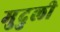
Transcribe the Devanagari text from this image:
मुदुली